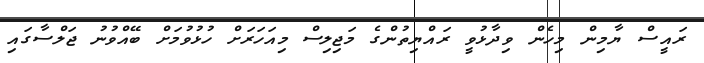
ރައީސް ޔާމިން މިހެން ވިދާޅުވީ ރައްޔިތުންގެ މަޖިލިސް މިއަހަރަށް ހުޅުވުމަށް ބޭއްވުނު ޖަލްސާގައި